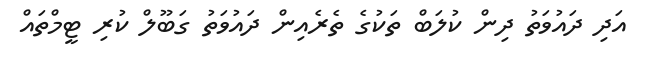
އަދި ދައުވަތު ދިން ކުލަބް ތަކުގެ ތެރެއިން ދައުވަތު ގަބޫލް ކުރި ޓީމްތައް